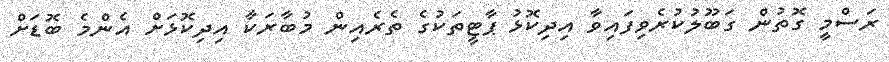
ރަސްމީ ގޮތުން ގަބޫލުކުރެވިފައިވާ އިދިކޮޅު ޕާޓީތަކުގެ ތެރެއިން މުބާރަކާ އިދިކޮޅަށް އެންމެ ބޮޑަށް